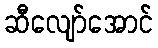
ဆီလျော်အောင်